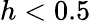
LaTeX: h<0.5